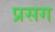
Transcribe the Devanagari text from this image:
प्रसग